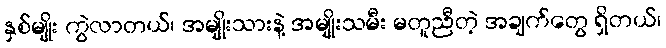
နှစ်မျိုး ကွဲလာတယ်၊ အမျိုးသားနဲ့ အမျိုးသမီး မတူညီတဲ့ အချက်တွေ ရှိတယ်၊